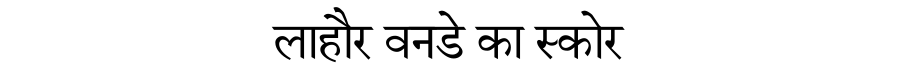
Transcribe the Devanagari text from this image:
लाहौर वनडे का स्कोर